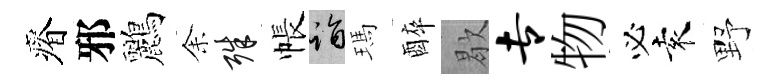
瘠邪鸝𪜬殊帳诣瑪醉歇专物必袁野